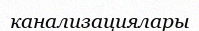
канализациялары